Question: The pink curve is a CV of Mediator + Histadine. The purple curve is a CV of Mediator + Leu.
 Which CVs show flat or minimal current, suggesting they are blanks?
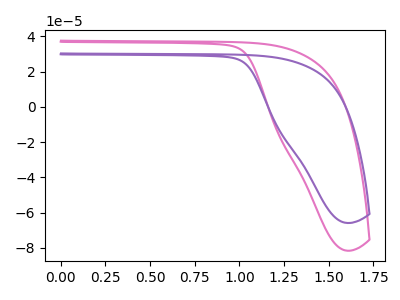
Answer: <think>The pink curve "Mediator + Histadine" has no peaks. The purple curve "Mediator + Leu" has no peaks.</think>
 <answer>"Mediator + Histadine" and "Mediator + Leu" are likely to be blanks.</answer>
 <eval>"Mediator + Histadine", "Mediator + Leu"</eval>